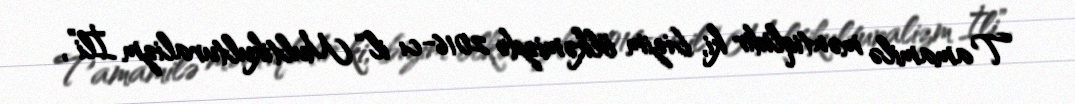
Tamamilə məntiqlidir ki, bizim ölkəmizdə 2016-cı il “Multikulturalizm İli”,